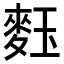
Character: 𪌞